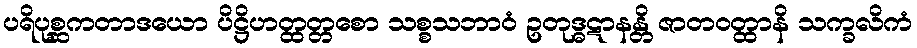
ပရိပုစ္ဆကတာဒယော ပိဋ္ဌိဟတ္ထတ္တစော သစ္စသဘာဝံ ဥတုဒ္ဓဋာနန္တိ ဇာတဝတ္ထာနိ သက္ခလိကံ